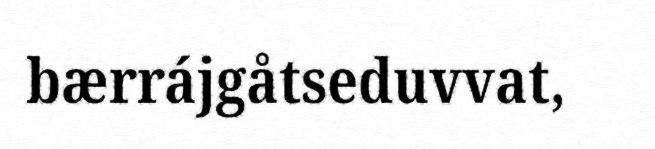
bærrájgåtseduvvat,